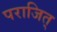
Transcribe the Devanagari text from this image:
पराजित्